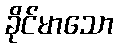
ခိုင်မာသော